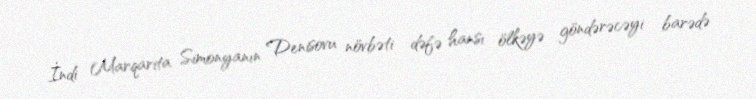
İndi Marqarita Simonyanın Denisovu növbəti dəfə hansı ölkəyə göndərəcəyi barədə